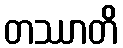
တဿာတိ